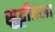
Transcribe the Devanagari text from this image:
सुट्टीतला